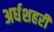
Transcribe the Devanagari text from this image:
अर्धशहरी